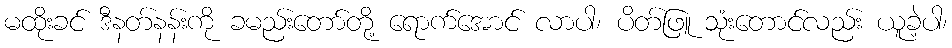
မထိုးခင် ဒီနတ်နန်းကို ခမည်းတော်တို့ ရောက်အောင် လာပါ၊ ပိတ်ဖြူ သုံးတောင်လည်း ယူခဲ့ပါ၊